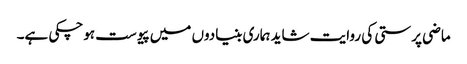
ماضی پرستی کی روایت شاید ہماری بنیادوں میں پیوست ہوچکی ہے۔